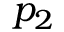
p _ { 2 }